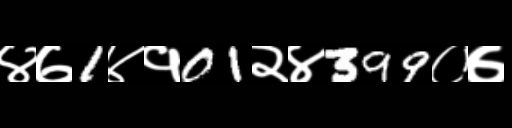
Text: ४७1४१01२४399०७